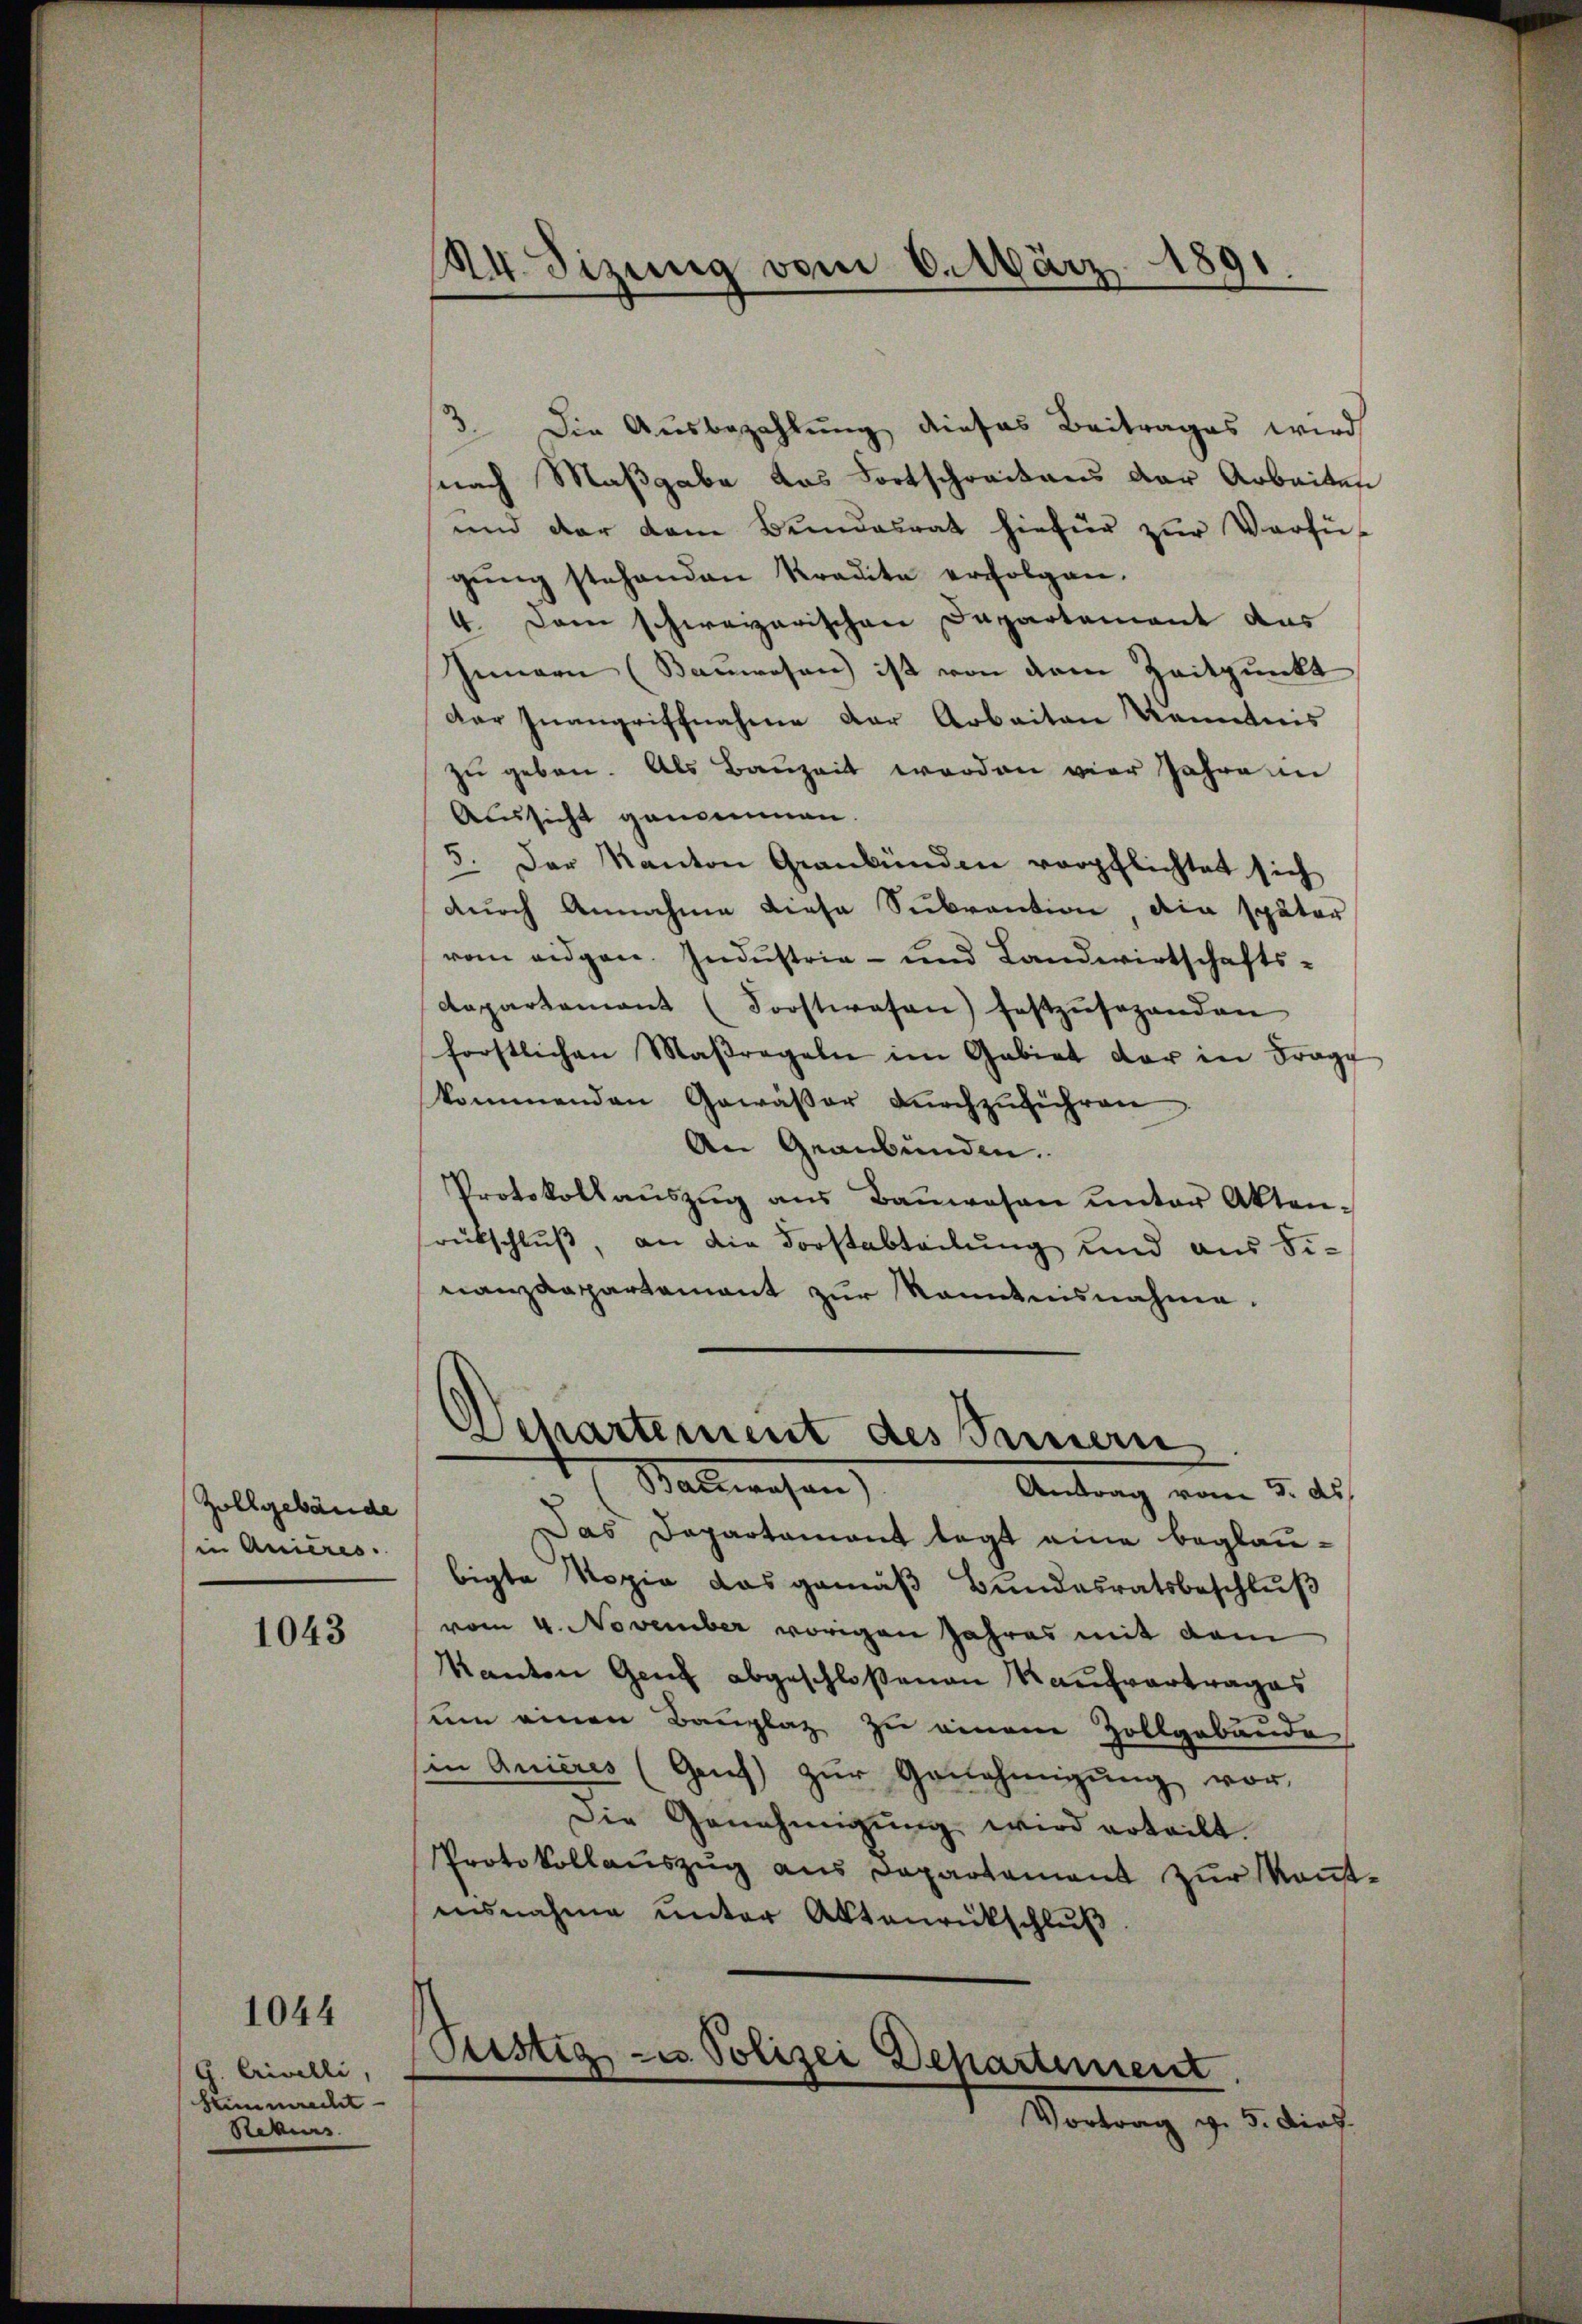
Zohlgebäude
in Anieres.

1043

1044

G. Crivelli
Stimmrecht
Rekurs

144. Sizung vom 6. März 1891.
e

5. Die Ausbezahlung dieses Beitrages wird
nach Maßgabe das Fortschreitens der Arbeiten
und der dem Bundesrat hiefür zŭr Verfü
gŭng stehenden Kredite erfolgen.
4. Dann schweizerischen Departement das
Innern (Bauwesen ist von dem Zeitpunkt
Der Inangriffnahme der Arbeiten Kenntnis
zŭ geben. Als Bauzeit worden vier Jahren
Aussicht genommen
5. Der Kanton Graubünden verpflichtet sich
.
dŭrch Annahme diese Subvention, die später
vom eidgen. Industrie- und Landwirtschafts¬
Aapartement (Forstwesen) festzŭsehenden
forstlichen Massregeln im Gebiet der in Frage
kommenden Gewäßer dŭrchzŭführen
An Graubünden.
Protokollaŭszŭg aŭs Baŭwesen ŭnter Akten-
srutschluß, an die Forstabteilung und aus Finanzdepartamant zur Kenntnisnahme.
.
Departement des Innern
Babwesen,
Antrag vom 3. ds.
Das Departament legt eine beglaubigte Kopie das gemäß Bundesratsbeschluß
vom 4. November vorigen Jahres mit dem
Kanton Genf abgeschloßenen Kaufvertrages
um einen Bauplaz zu einem Zollgebäude
in Quicres (Genf) zŭr Genehmigŭng vor,
Die Genehmigŭng wird erteilt.
Protokollauszug aus Departament zur Kantausnahme unter Aktenrückschluß
Pestig- u. Polizei Departement.
Mortrag z. B. dies